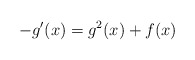
\begin{align*}-g'(x) = g^2(x) + f(x)\end{align*}